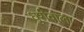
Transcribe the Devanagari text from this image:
धुरीवाला